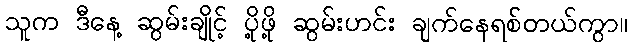
သူက ဒီနေ့ ဆွမ်းချိုင့် ပို့ဖို့ ဆွမ်းဟင်း ချက်နေရစ်တယ်ကွာ။